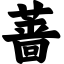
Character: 蔷